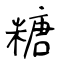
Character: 糖